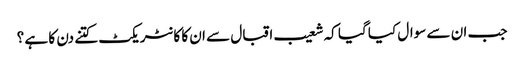
جب ان سے سوال کیا گیا کہ شعیب اقبال سے ان کا کا نٹر یکٹ کتنے دن کا ہے ؟